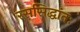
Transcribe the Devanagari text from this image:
रससिद्धांतः